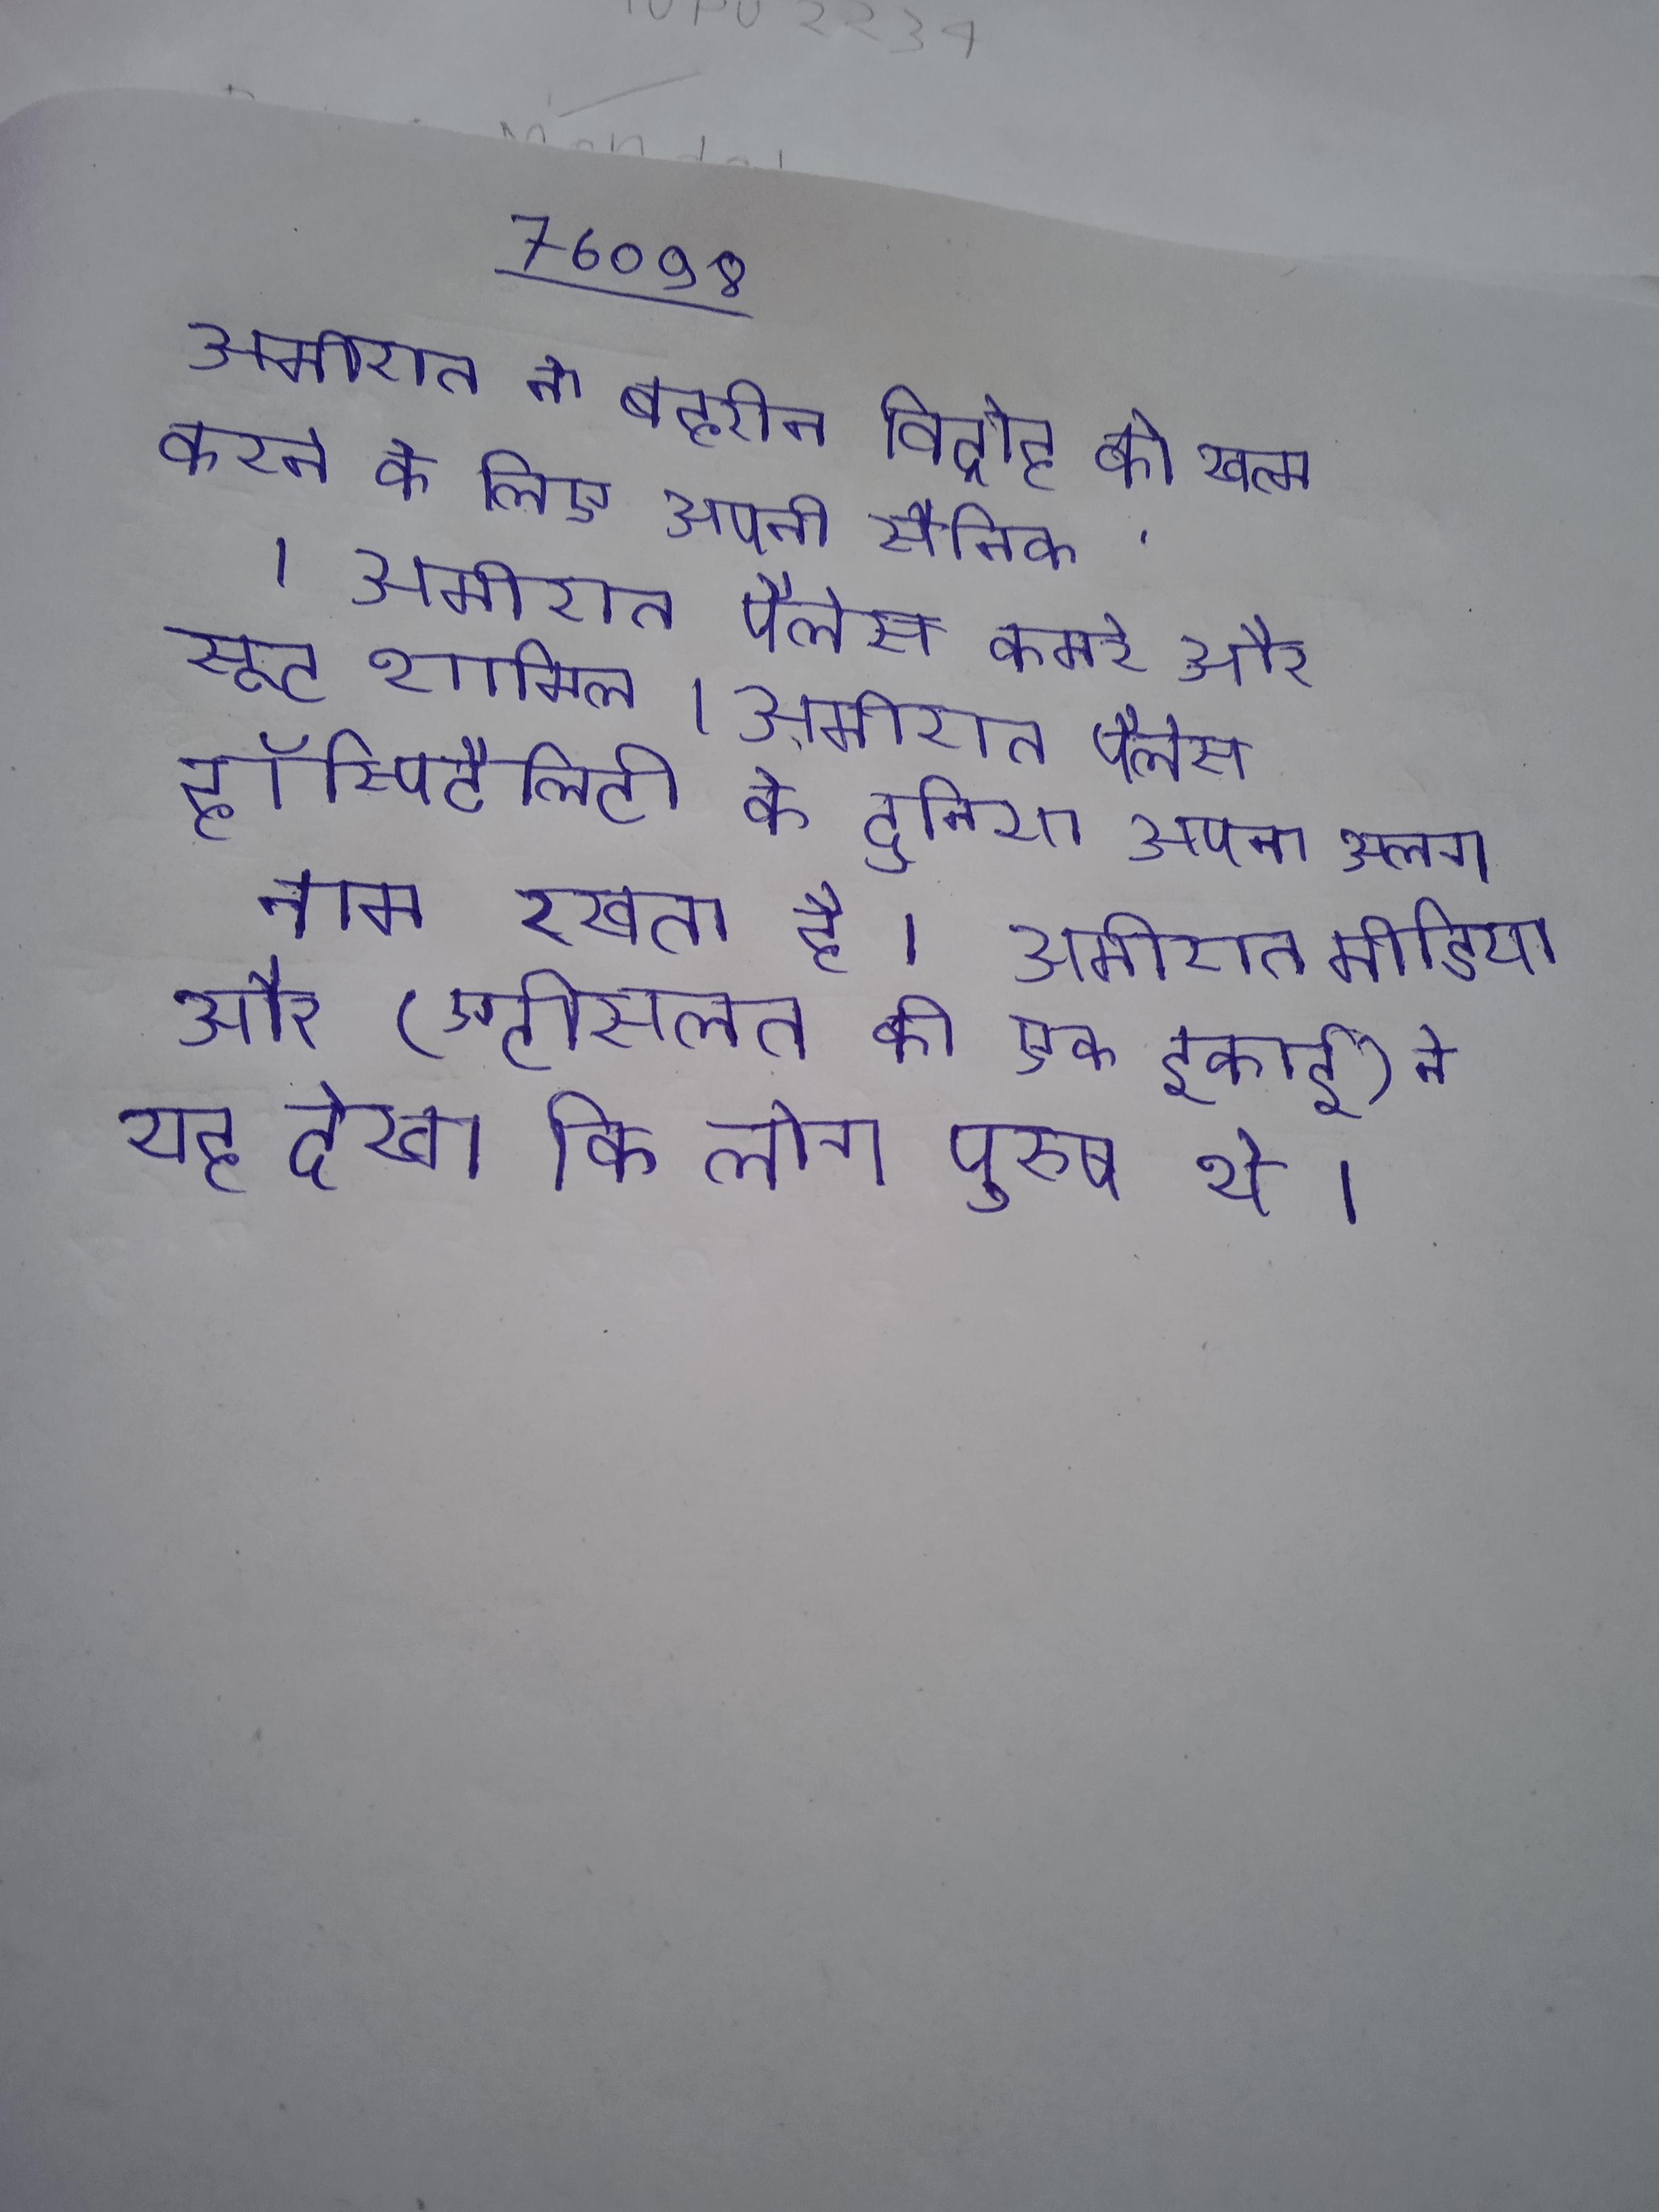
अमीरात ने बहरीन विद्रोह को खत्म करने के लिए अपनी सैनिक । अमीरात पैलेस कमरे और सूट शामिल । अमीरात पैलेस हॉस्पिटैलिटी के दुनिया अपना अलग नाम रखता है । अमीरात मीडिया और (एटीसलत की एक इकाई) ने यह देखा कि लोग पुरुष थे ।